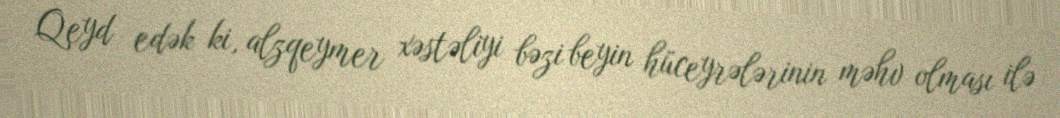
Qeyd edək ki, alzqeymer xəstəliyi bəzi beyin hüceyrələrinin məhv olması ilə